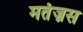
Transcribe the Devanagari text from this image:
मतंज़स